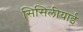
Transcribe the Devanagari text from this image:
सिसिलीयाई